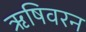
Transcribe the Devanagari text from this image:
ऋषिवरन